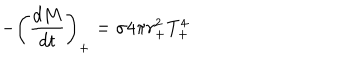
LaTeX: - \left( \frac { d M } { d t } \right) _ { + } = \sigma 4 \pi r _ { + } ^ { 2 } T _ { + } ^ { 4 }